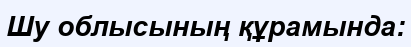
Шу облысының құрамында: